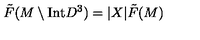
\tilde { F } ( M \setminus \mathrm { I n t } D ^ { 3 } ) = | X | \tilde { F } ( M )